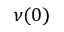
\nu ( 0 )